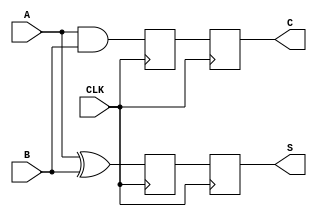
module sequential_half_adder (
    input wire A,          // Single-bit input A
    input wire B,          // Single-bit input B
    input wire CLK,        // Clock signal
    output reg S,         // Single-bit output Sum
    output reg C          // Single-bit output Carry
);

    // Internal registers to hold the current state
    reg sum_reg;
    reg carry_reg;

    // Always block triggered on the rising edge of the clock
    always @(posedge CLK) begin
        // Compute new sum and carry
        sum_reg <= A ^ B;    // Sum is A XOR B
        carry_reg <= A & B;  // Carry is A AND B
    end

    // Assign the output registers to the internal state
    always @(posedge CLK) begin
        S <= sum_reg;        // Update output S
        C <= carry_reg;      // Update output C
    end

    // Initialization block (optional, can be handled via reset)
    initial begin
        S = 1'b0;            // Initialize output Sum to 0
        C = 1'b0;            // Initialize output Carry to 0
    end

endmodule